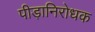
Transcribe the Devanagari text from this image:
पीड़ानिरोधक